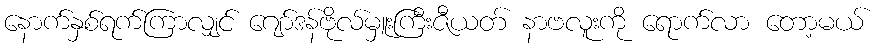
နောက်နှစ်ရက်ကြာလျှင် ဂျော်ဒန်ဗိုလ်မှူးကြီးဇီယတ် နာဗလူးကို ရောက်လာ တော့မယ်